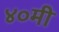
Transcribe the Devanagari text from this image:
४०मी